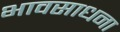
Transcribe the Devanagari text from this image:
भावसाधना